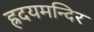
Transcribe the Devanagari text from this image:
ह्रदयमन्दिर